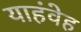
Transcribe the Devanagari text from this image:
याहंवेह